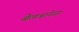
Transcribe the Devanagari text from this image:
बेलत्रानेजा